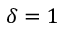
\delta = 1